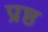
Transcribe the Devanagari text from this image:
प्रष्ठ